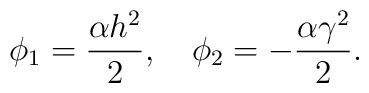
\phi_{1}=\frac{\alpha h^{2}}{2},~~~ \phi_{2}=-\frac{\alpha\gamma^{2}}{2}.